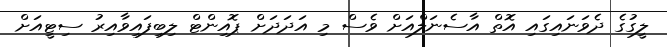
ލީގުގެ ދެވަނައިގައި އޮތް އާސެނަލްއަށް ވެސް މި އަދަދަށް ޕޮއިންޓް ލިބިފައިވާއިރު ސިޓީއަށް